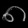
Digit: ၈